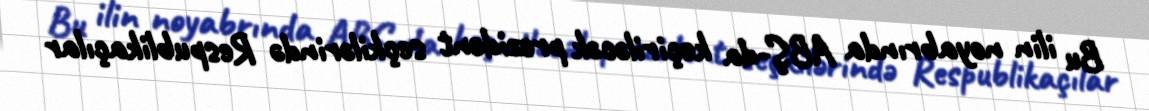
Bu ilin noyabrında ABŞ-da keçiriləcək prezident seçkilərində Respublikaçılar